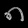
Digit: ၈